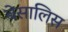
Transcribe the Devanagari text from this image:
बेसालिस